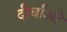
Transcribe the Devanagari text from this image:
दीर्घाओ